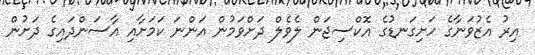
އިރު އެޒުވަނާގެ ހަށިގަނޑުގެ އޮކްސިޖަން ލެވެލް ދަށްވަމުން އަންނަ ކަމަށާއި އާސަންދައިގެ ދަށުން